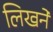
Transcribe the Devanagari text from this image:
लिखने